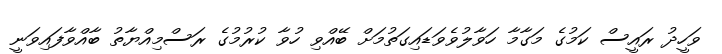
ވަހީދު ރައީސް ކަމުގެ މަގާމާ ހަވާލުވެވަޑައިގަތުމަށް ބޭއްވި ހުވާ ކުރުމުގެ ރަސްމިއްޔާތު ބާއްވާފައިވަނީ